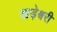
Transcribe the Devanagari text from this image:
खड़ेश्वरी